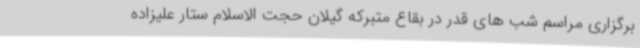
برگزاری مراسم شب های قدر در بقاع متبرکه گیلان حجت الاسلام ستار علیزاده